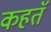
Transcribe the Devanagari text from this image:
कहतॅ